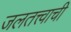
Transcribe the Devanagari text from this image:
जलतत्त्वाची